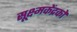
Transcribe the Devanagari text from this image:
सूक्ष्मकेंद्रकों